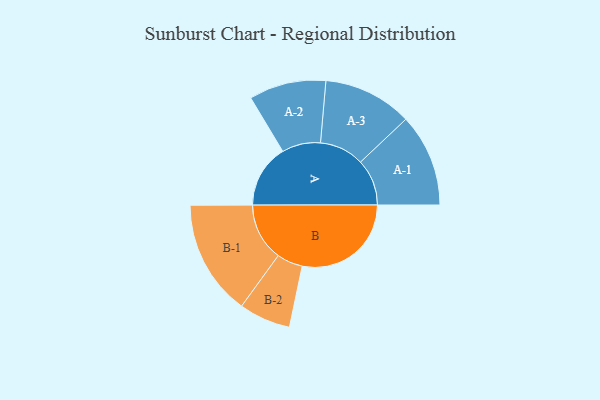
{"axis": {"x": "Segment", "y": "Value"}, "legend": ["", "A", "B"], "data": [{"x": "A", "y": 274, "type": ""}, {"x": "B", "y": 472, "type": ""}, {"x": "A-1", "y": 201, "type": "A"}, {"x": "A-2", "y": 167, "type": "A"}, {"x": "A-3", "y": 193, "type": "A"}, {"x": "B-1", "y": 250, "type": "B"}, {"x": "B-2", "y": 112, "type": "B"}]}